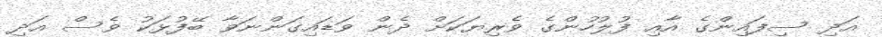
އަދި ސިފައިންގެ އާއި ފުލުހުންގެ ވެރިޔަކަށް ދެން ވަޑައިގަންނަވާ ބޭފުޅަކު ވެސް އަދި